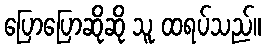
ပြောပြောဆိုဆို သူ ထရပ်သည်။